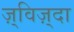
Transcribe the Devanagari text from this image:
ज़्विज़्दा